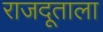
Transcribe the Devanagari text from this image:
राजदूताला